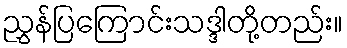
ညွှန်ပြကြောင်းသဒ္ဒါတို့တည်း။